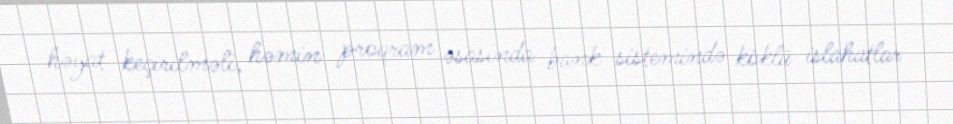
həyat keçirilməli, həmin proqram əsasında bank sistemində köklü islahatlar